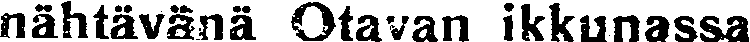
nähtävänä Otavan ikkunassa